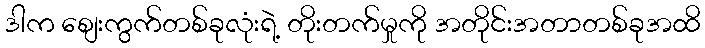
ဒါက စျေးကွက်တစ်ခုလုံးရဲ့ တိုးတက်မှုကို အတိုင်းအတာတစ်ခုအထိ